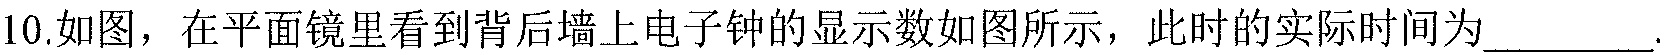
10.如图，在平面镜里看到背后墙上电子钟的显示数如图所示，此时的实际时间为\underline{\quad\quad}.